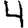
Digit: 4